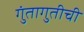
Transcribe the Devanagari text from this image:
गुंतागुतीची